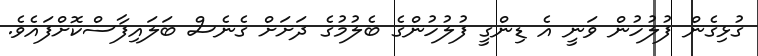
ގުޅިގެން ފުލުހުން ވަނީ އެ ޑިންގީ ފުލުހުންގެ ބެލުމުގެ ދަށަށް ގެނެސް ބަލައިފާސްކޮށްފައެވެ.